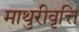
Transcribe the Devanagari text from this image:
माथुरीवृत्ति